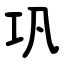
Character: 巩